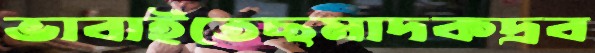
ভাবাইতেছমাদকদ্রব